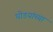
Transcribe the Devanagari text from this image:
घोडयांच्या